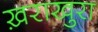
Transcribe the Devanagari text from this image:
ख़राखुरा